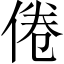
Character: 倦